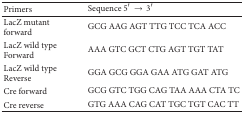
| Primers | Sequence 5′ → 3′ |
 | --- | --- |
 | LacZ mutant forward | GCG AAG AGT TTG TCC TCA ACC |
 | LacZ wild type Forward | AAA GTC GCT CTG AGT TGT TAT |
 | LacZ wild type Reverse | GGA GCG GGA GAA ATG GAT ATG |
 | Cre forward | GCG GTC TGG CAG TAA AAA CTA TC |
 | Cre reverse | GTG AAA CAG CAT TGC TGT CAC TT |